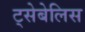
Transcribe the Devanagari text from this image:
ट्सेबेलिस